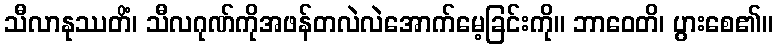
သီလာနုဿတိံ၊ သီလဂုဏ်ကိုအဖန်တလဲလဲအောက်မေ့ခြင်းကို။ ဘာဝေတိ၊ ပွားစေ၏။